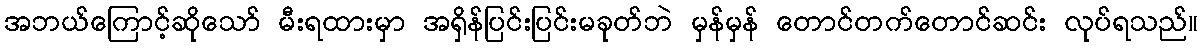
အဘယ်ကြောင့်ဆိုသော် မီးရထားမှာ အရှိန်ပြင်းပြင်းမခုတ်ဘဲ မှန်မှန် တောင်တက်တောင်ဆင်း လုပ်ရသည်။